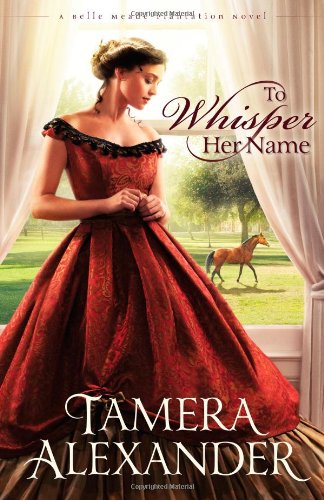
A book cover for To Whisper Her Name (A Belle Meade Plantation Novel); Tamera Alexander; Romance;